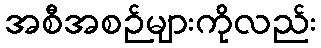
အစီအစဉ်များကိုလည်း